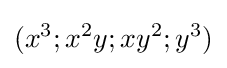
(x^{3};x^{2}y;xy^{2};y^{3})